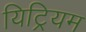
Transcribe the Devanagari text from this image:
यिट्रियम